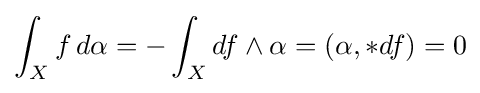
\int _{X}f\,d\alpha =-\int _{X}df\wedge \alpha =(\alpha ,*df)=0